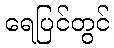
ရေပြင်တွင်